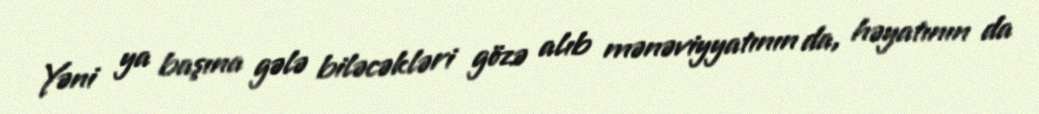
Yəni ya başına gələ biləcəkləri gözə alıb mənəviyyatının da, həyatının da